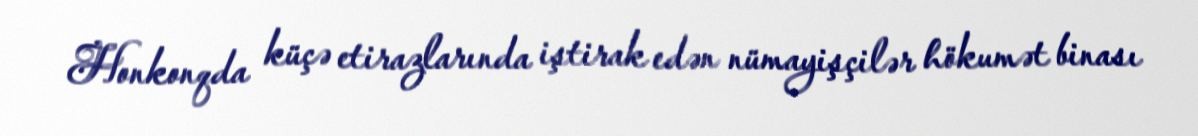
Honkonqda küçə etirazlarında iştirak edən nümayişçilər hökumət binası